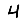
Digit: 4